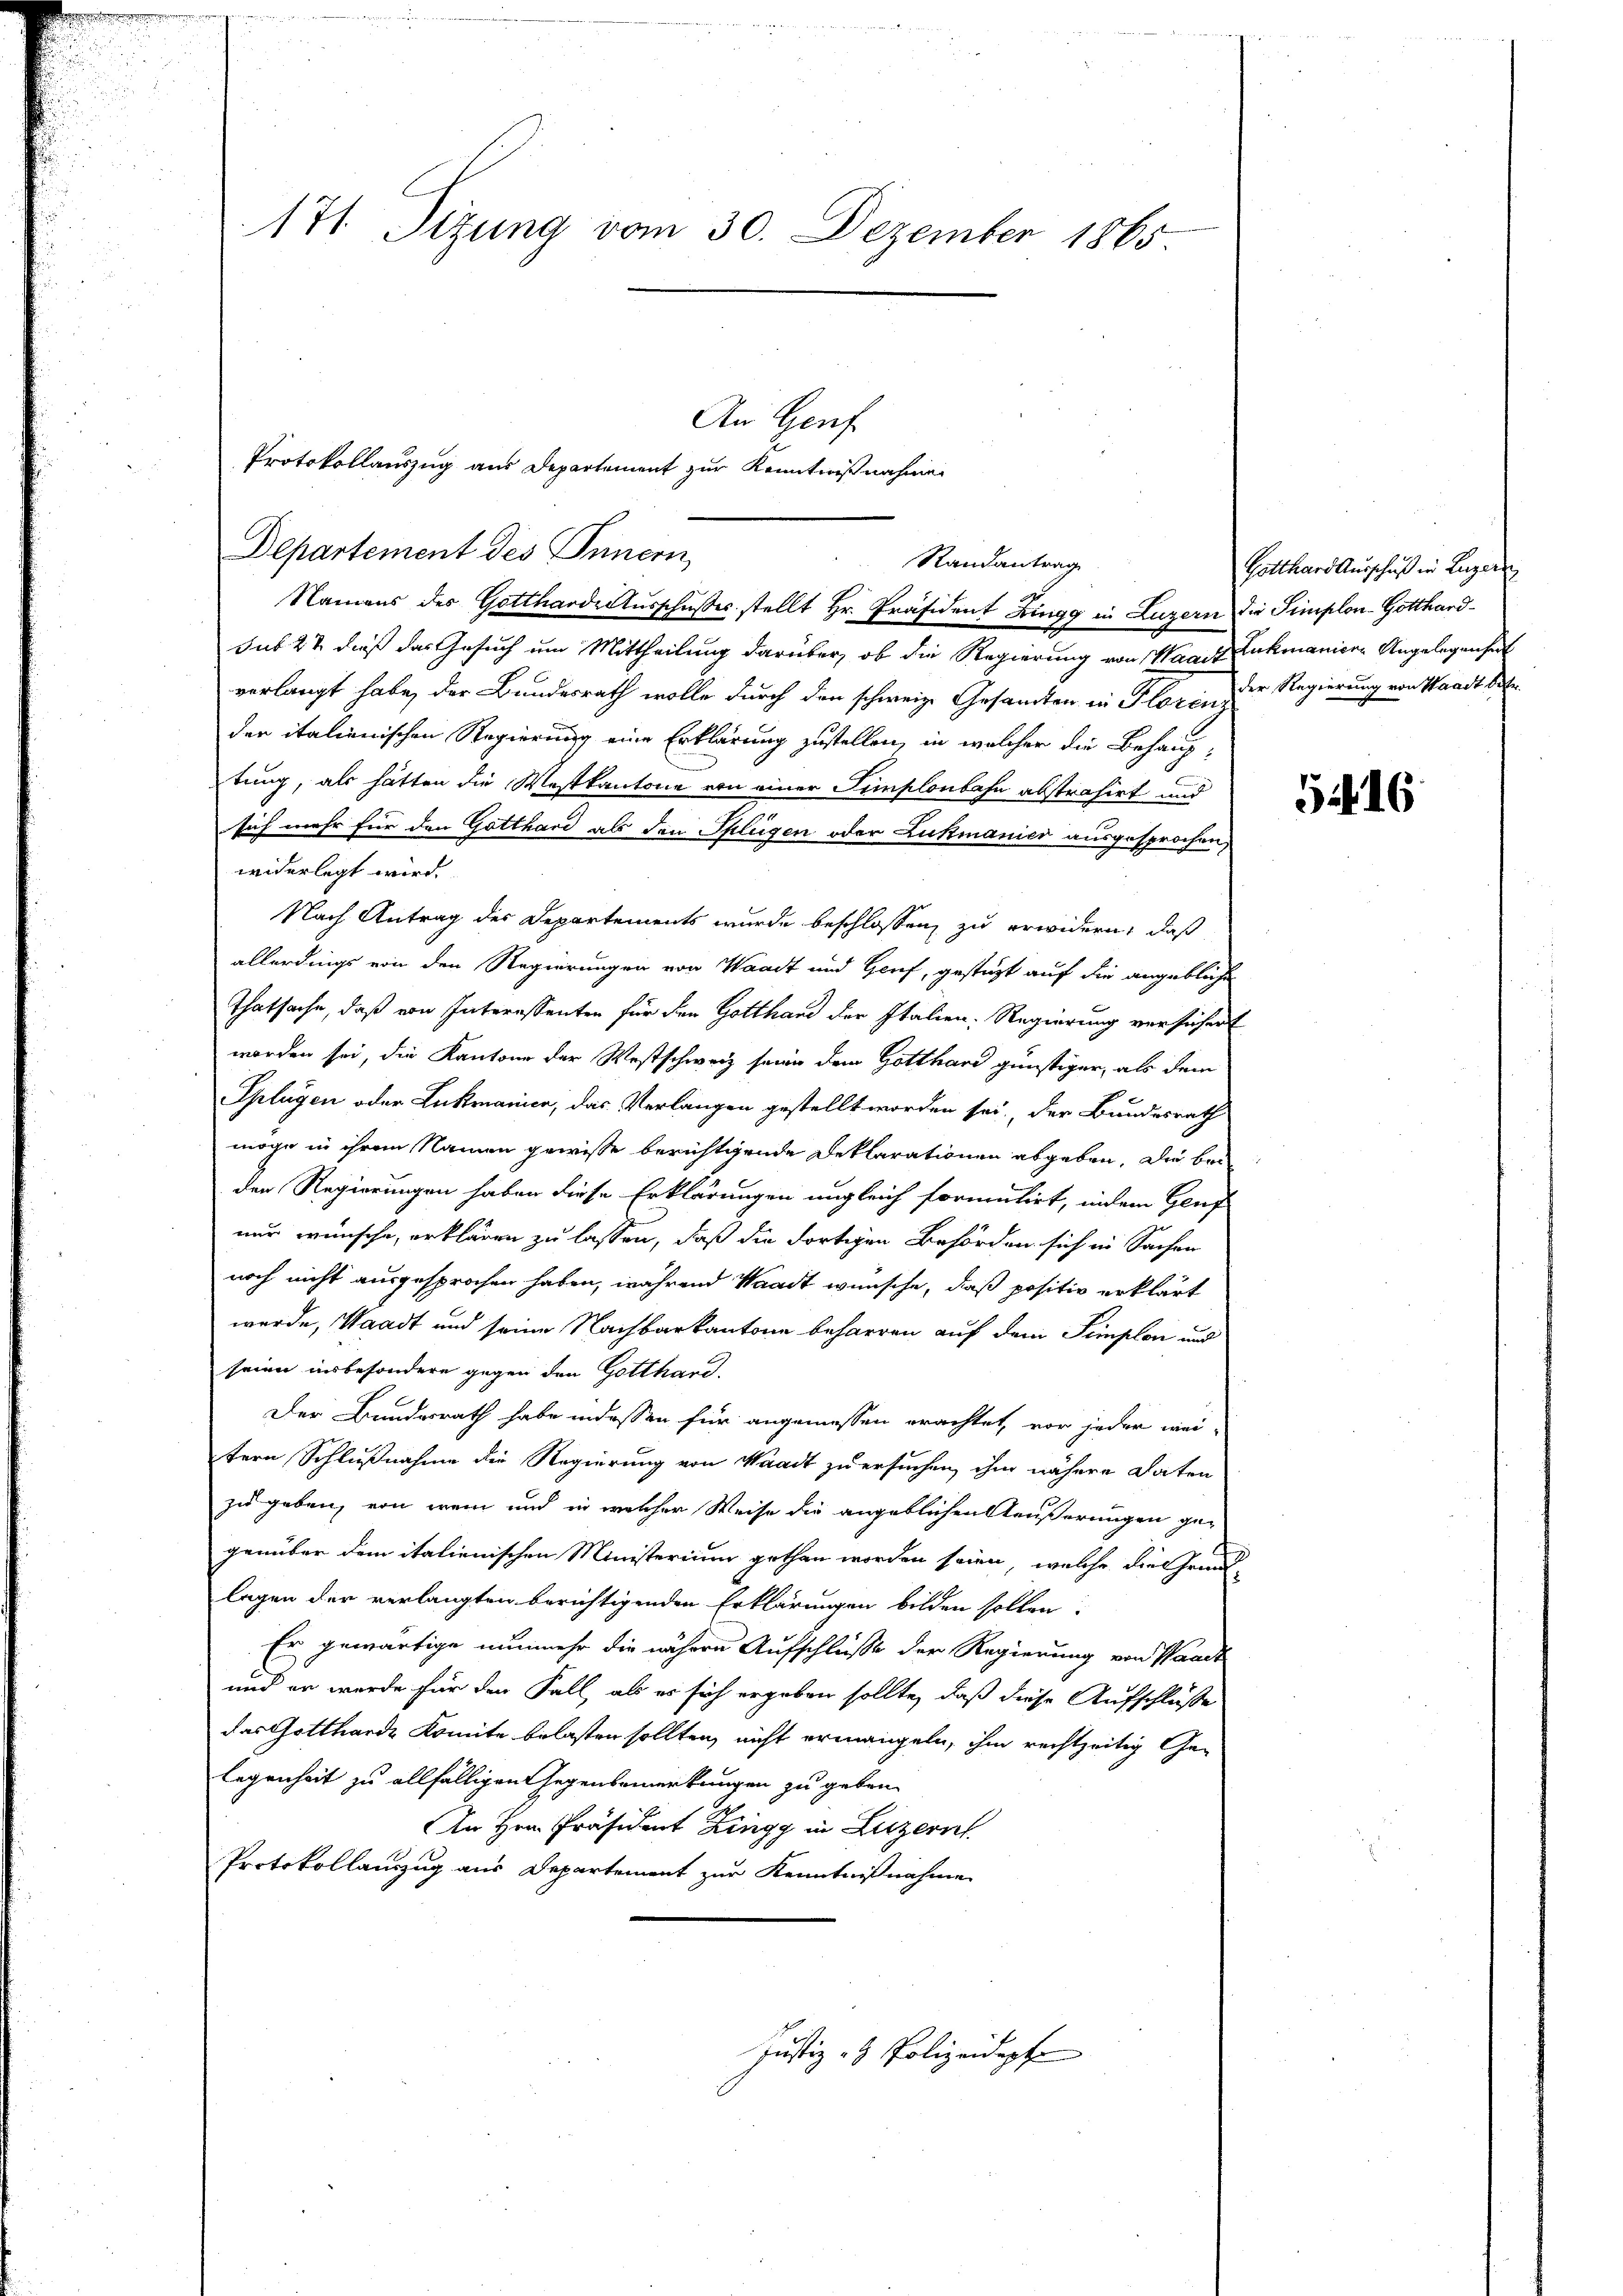
171 Sizung vom 30. Dezember 1865

Namens des Gotthardeausschusses stellt Hr. Präsident Zingg in Luzern
sub 22 dieß das Gesuch um Mittheilung darüber, ob die Regierung von Waack
verlangt habe, der Bundesrath wolle durch den schweize Gesandten in Floren
der italienischen Regierung eine Erklärung zustellen, in welcher die Behauptung, als hätten die Westkantone von einer Simplonbahn abstrahirt und
sich mehr für den Gotthard als den Splügen oder Lukmanici ausgesprochen,
widerlegt wird.
Nach Antrag der Departements wurde beschlossen zu erwidern, daß
allerdings von den Regierungen von Waadt und Genf, gestüzt auf die angebliche
Thatsache, daß von Interessenten für den Gotthand der Italien-Regierung versichert
worden sei, die Kantone der Westschweiz seine dem Gotthard günstiger, als dem
Splügen oder Lukmanien, das Verlangen gestellt worden sei, der Bundesrath
möge in ihrem Namen gewisse berichtigende Deklarationen abgeben, die bei
den Regierungen haben diese Erklärungen ungleich formulirt, indem Genf
nur wünsche, erklären zu lassen, daß die dortigen Behörden sich in Sachen
noch nicht ausgesprochen haben, während Waadt wünsche, daß positiv erklärt
werde, Waadt und seine Nachbarkantone beharren auf dem Simplon und
seien insbesondere gegen den Gotthard.
Der Bundesrath habe indessen für angemessen erachtet, vor jeder wei-
tern Schlußnahme der Regierung von Waadt zu ersuchen, ihm nähere Daten
zu geben, von wem und in welcher Weise die angeblichen Aeußerungen gegenüber dem italienischen Ministerium gethan worden seien, welche die Grund-
legen der verlangten berichtigenden Erklärungen bilden sollen.
Er gewärtige nunmehr die währen Aufschlusse der Regierung von Waadt
und er wurde für den Fall, als es sich ergeben sollte, daß diese Aufschlüsse
das Gottharde Komite belasten sollten, nicht ermangeln, ihm rechtzeitig Gelegenheit zu allfälligen Gegenbemerkungen zu geben.
An Hrn. Präsident Zingg in Luzern
Protokollanzug aus Departement zur Kenntnißnahme

Protokollauszug aus Departement zur Kenntnißnahme
Departement des Innern,

An Genf

Justiz- & Polizeidept

Randantrag

Gotthard Ausschuß in Luzern
die Simplon-Gotthard¬
Lukmaniere Angelegenheit
der Regierung von Waadt betr.

54. 16.